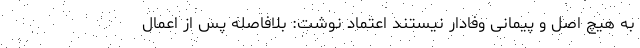
به هیچ اصل و پیمانی وفادار نیستند اعتماد نوشت: بلافاصله پس از اعمال